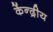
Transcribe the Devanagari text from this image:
केंन्‍द्रीय